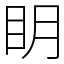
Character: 眀